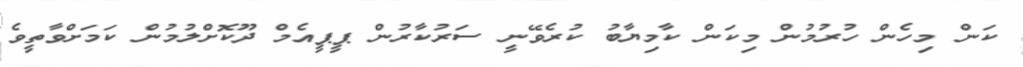
ކަން މިހެން ހުރުމުން މިކަން ކާމިޔާބު ކުރެވޭނީ ސަރުކާރުން ޕީޕީއެމް ދޫކޮށްލުމުން ކަމަށްވާތީވެ